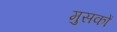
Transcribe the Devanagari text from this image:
मुसकों